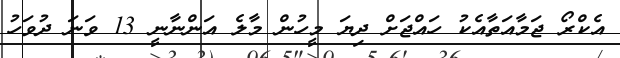
އެކްރޯ ޖަމާއަތާއެކު ހައްޖަށް ދިޔަ މީހުން މާލެ އަންނާނީ 13 ވަނަ ދުވަހު